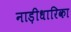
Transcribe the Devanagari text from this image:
नाड़ीधारिका